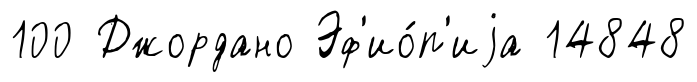
100 Джордано Эф'ио́п'иjа 14848